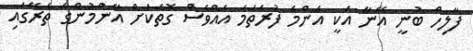
ފާލިހް ބުނީ އޭނާ އަކީ އެންމެ ފުރަތަމަ އެއްވެސް ގޮތަކަށް އާންމުންގެ ތެރޭގައި